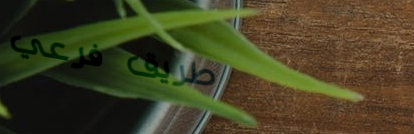
طريق فرعي